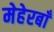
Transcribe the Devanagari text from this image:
मेहेरबाँ